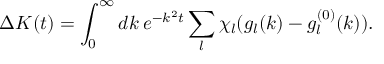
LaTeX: \Delta K ( t ) = \int _ { 0 } ^ { \infty } d k \: e ^ { - k ^ { 2 } t } \sum _ { l } \chi _ { l } ( g _ { l } ( k ) - g _ { l } ^ { ( 0 ) } ( k ) ) .